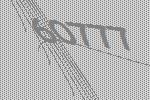
60777